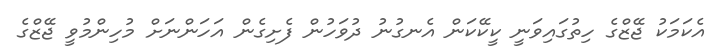
އެކަމަކު ޖޭޒްގެ ހިތުގައިވަނީ ކީކޭކަން އެނގުނު ދުވަހުން ފެށިގެން އަހަންނަށް މުހިންމުވީ ޖޭޒްގެ